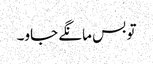
تو بس مانگے جاو۔